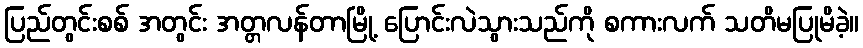
ပြည်တွင်းစစ် အတွင်း အတ္တလန်တာမြို့ ပြောင်းလဲသွားသည်ကို စကားလက် သတိမပြုမိခဲ့။